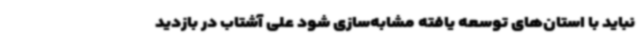
نباید با استان‌های توسعه یافته مشابه‌سازی شود علی آشتاب در بازدید